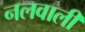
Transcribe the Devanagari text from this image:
नलवाली